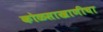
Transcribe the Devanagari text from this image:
कोळसाखाणीचा